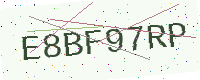
Text: E8BF97RP